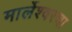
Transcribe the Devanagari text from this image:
मार्लेश्वरचा